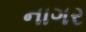
નાગર